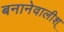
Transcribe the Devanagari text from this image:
बनानेवालीश्